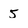
Character: 5